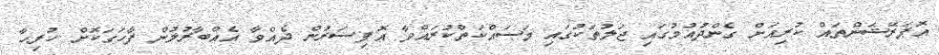
އޮޕަރޭޝަންތައް ކުރިއަށް ގެންދުއުމުގައި ޖަލުތަކުގައި މަސައްކަތްކުރައްވާ އޮފިސަރުން ދެއްވާ އެއްބާރުލުން ފާހަގަކޮށް ހުރިހާ